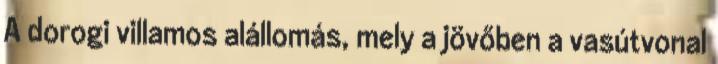
A dorogi villamos alállomás, mely a jövőben a vasútvonal